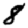
Digit: 8